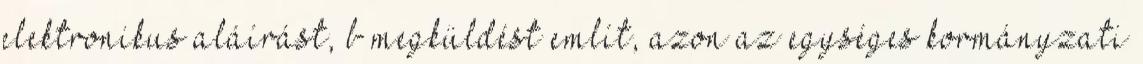
elektronikus aláírást, b megküldést említ, azon az egységes kormányzati